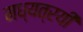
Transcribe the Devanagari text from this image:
मध्यत्रयी